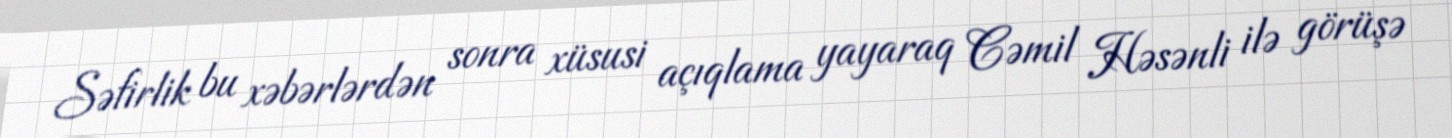
Səfirlik bu xəbərlərdən sonra xüsusi açıqlama yayaraq Cəmil Həsənli ilə görüşə